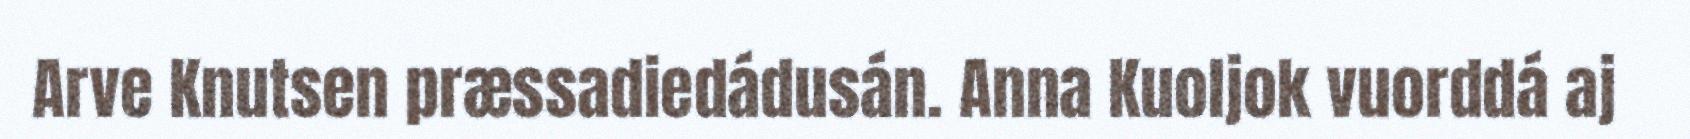
Arve Knutsen præssadiedádusán. Anna Kuoljok vuorddá aj